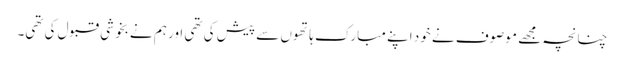
چنانچہ مجھے موصوف نے خود اپنے مبارک ہاتھوں سے پیش کی تھی اور ہم نے بخوشی قبول کی تھی۔